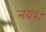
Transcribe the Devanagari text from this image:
नबश